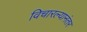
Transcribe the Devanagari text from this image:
विचारल्यानंतर